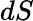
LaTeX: dS